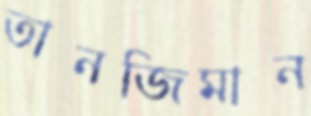
তানজিমান